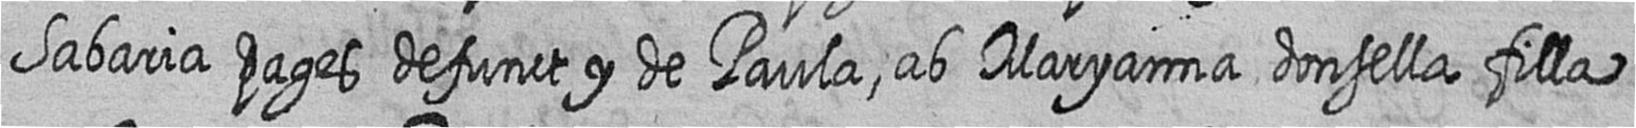
Sabaria pages defunct y de Paula ab Maryanna donsella filla